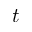
t